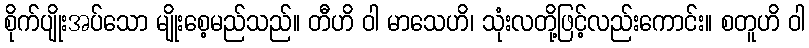
စိုက်ပျိုးအပ်သော မျိုးစေ့မည်သည်။ တီဟိ ဝါ မာသေဟိ၊ သုံးလတို့ဖြင့်လည်းကောင်း။ စတူဟိ ဝါ